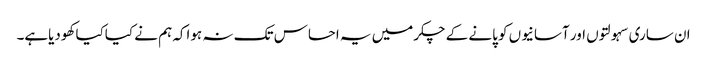
ان ساری سہولتوں اور آسانیوں کو پانے کے چکرمیں یہ احساس تک نہ ہواکہ ہم نے کیاکیا کھودیاہے۔